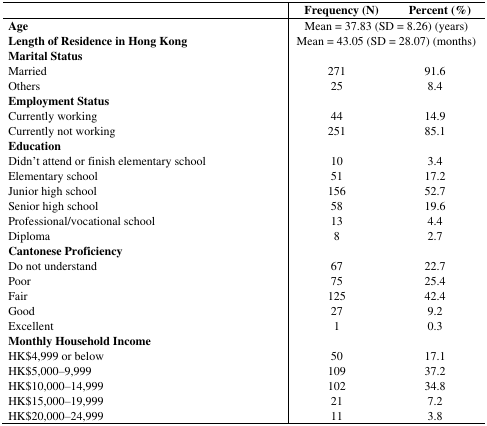
|  | <COLSPAN=2> Frequency (N) | Percent (%) |
 | --- | --- | --- | --- |
 | Age | <COLSPAN=3> Mean = 37.83 (SD = 8.26) (years) |
 | Length of Residence in Hong Kong | <COLSPAN=3> Mean = 43.05 (SD = 28.07) (months) |
 | Marital Status |  | <COLSPAN=2>  |
 | Married | 271 | <COLSPAN=2> 91.6 |
 | Others | 25 | <COLSPAN=2> 8.4 |
 | Employment Status |  | <COLSPAN=2>  |
 | Currently working | 44 | <COLSPAN=2> 14.9 |
 | Currently not working | 251 | <COLSPAN=2> 85.1 |
 | Education |  | <COLSPAN=2>  |
 | Didn’t attend or finish elementary school | 10 | <COLSPAN=2> 3.4 |
 | Elementary school | 51 | <COLSPAN=2> 17.2 |
 | Junior high school | 156 | <COLSPAN=2> 52.7 |
 | Senior high school | 58 | <COLSPAN=2> 19.6 |
 | Professional/vocational school | 13 | <COLSPAN=2> 4.4 |
 | Diploma | 8 | <COLSPAN=2> 2.7 |
 | Cantonese Proficiency |  | <COLSPAN=2>  |
 | Do not understand | 67 | <COLSPAN=2> 22.7 |
 | Poor | 75 | <COLSPAN=2> 25.4 |
 | Fair | 125 | <COLSPAN=2> 42.4 |
 | Good | 27 | <COLSPAN=2> 9.2 |
 | Excellent | 1 | <COLSPAN=2> 0.3 |
 | Monthly Household Income |  | <COLSPAN=2>  |
 | HK$4,999 or below | 50 | <COLSPAN=2> 17.1 |
 | HK$5,000–9,999 | 109 | <COLSPAN=2> 37.2 |
 | HK$10,000–14,999 | 102 | <COLSPAN=2> 34.8 |
 | HK$15,000–19,999 | 21 | <COLSPAN=2> 7.2 |
 | HK$20,000–24,999 | 11 | <COLSPAN=2> 3.8 |